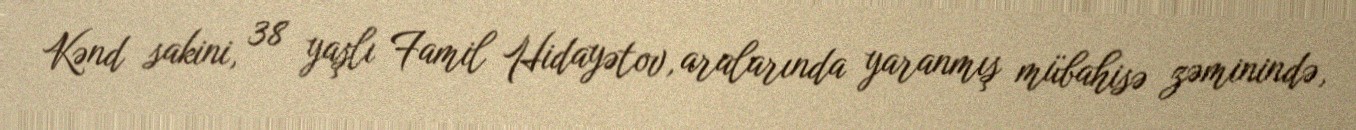
Kənd sakini, 38 yaşlı Famil Hidayətov, aralarında yaranmış mübahisə zəminində,